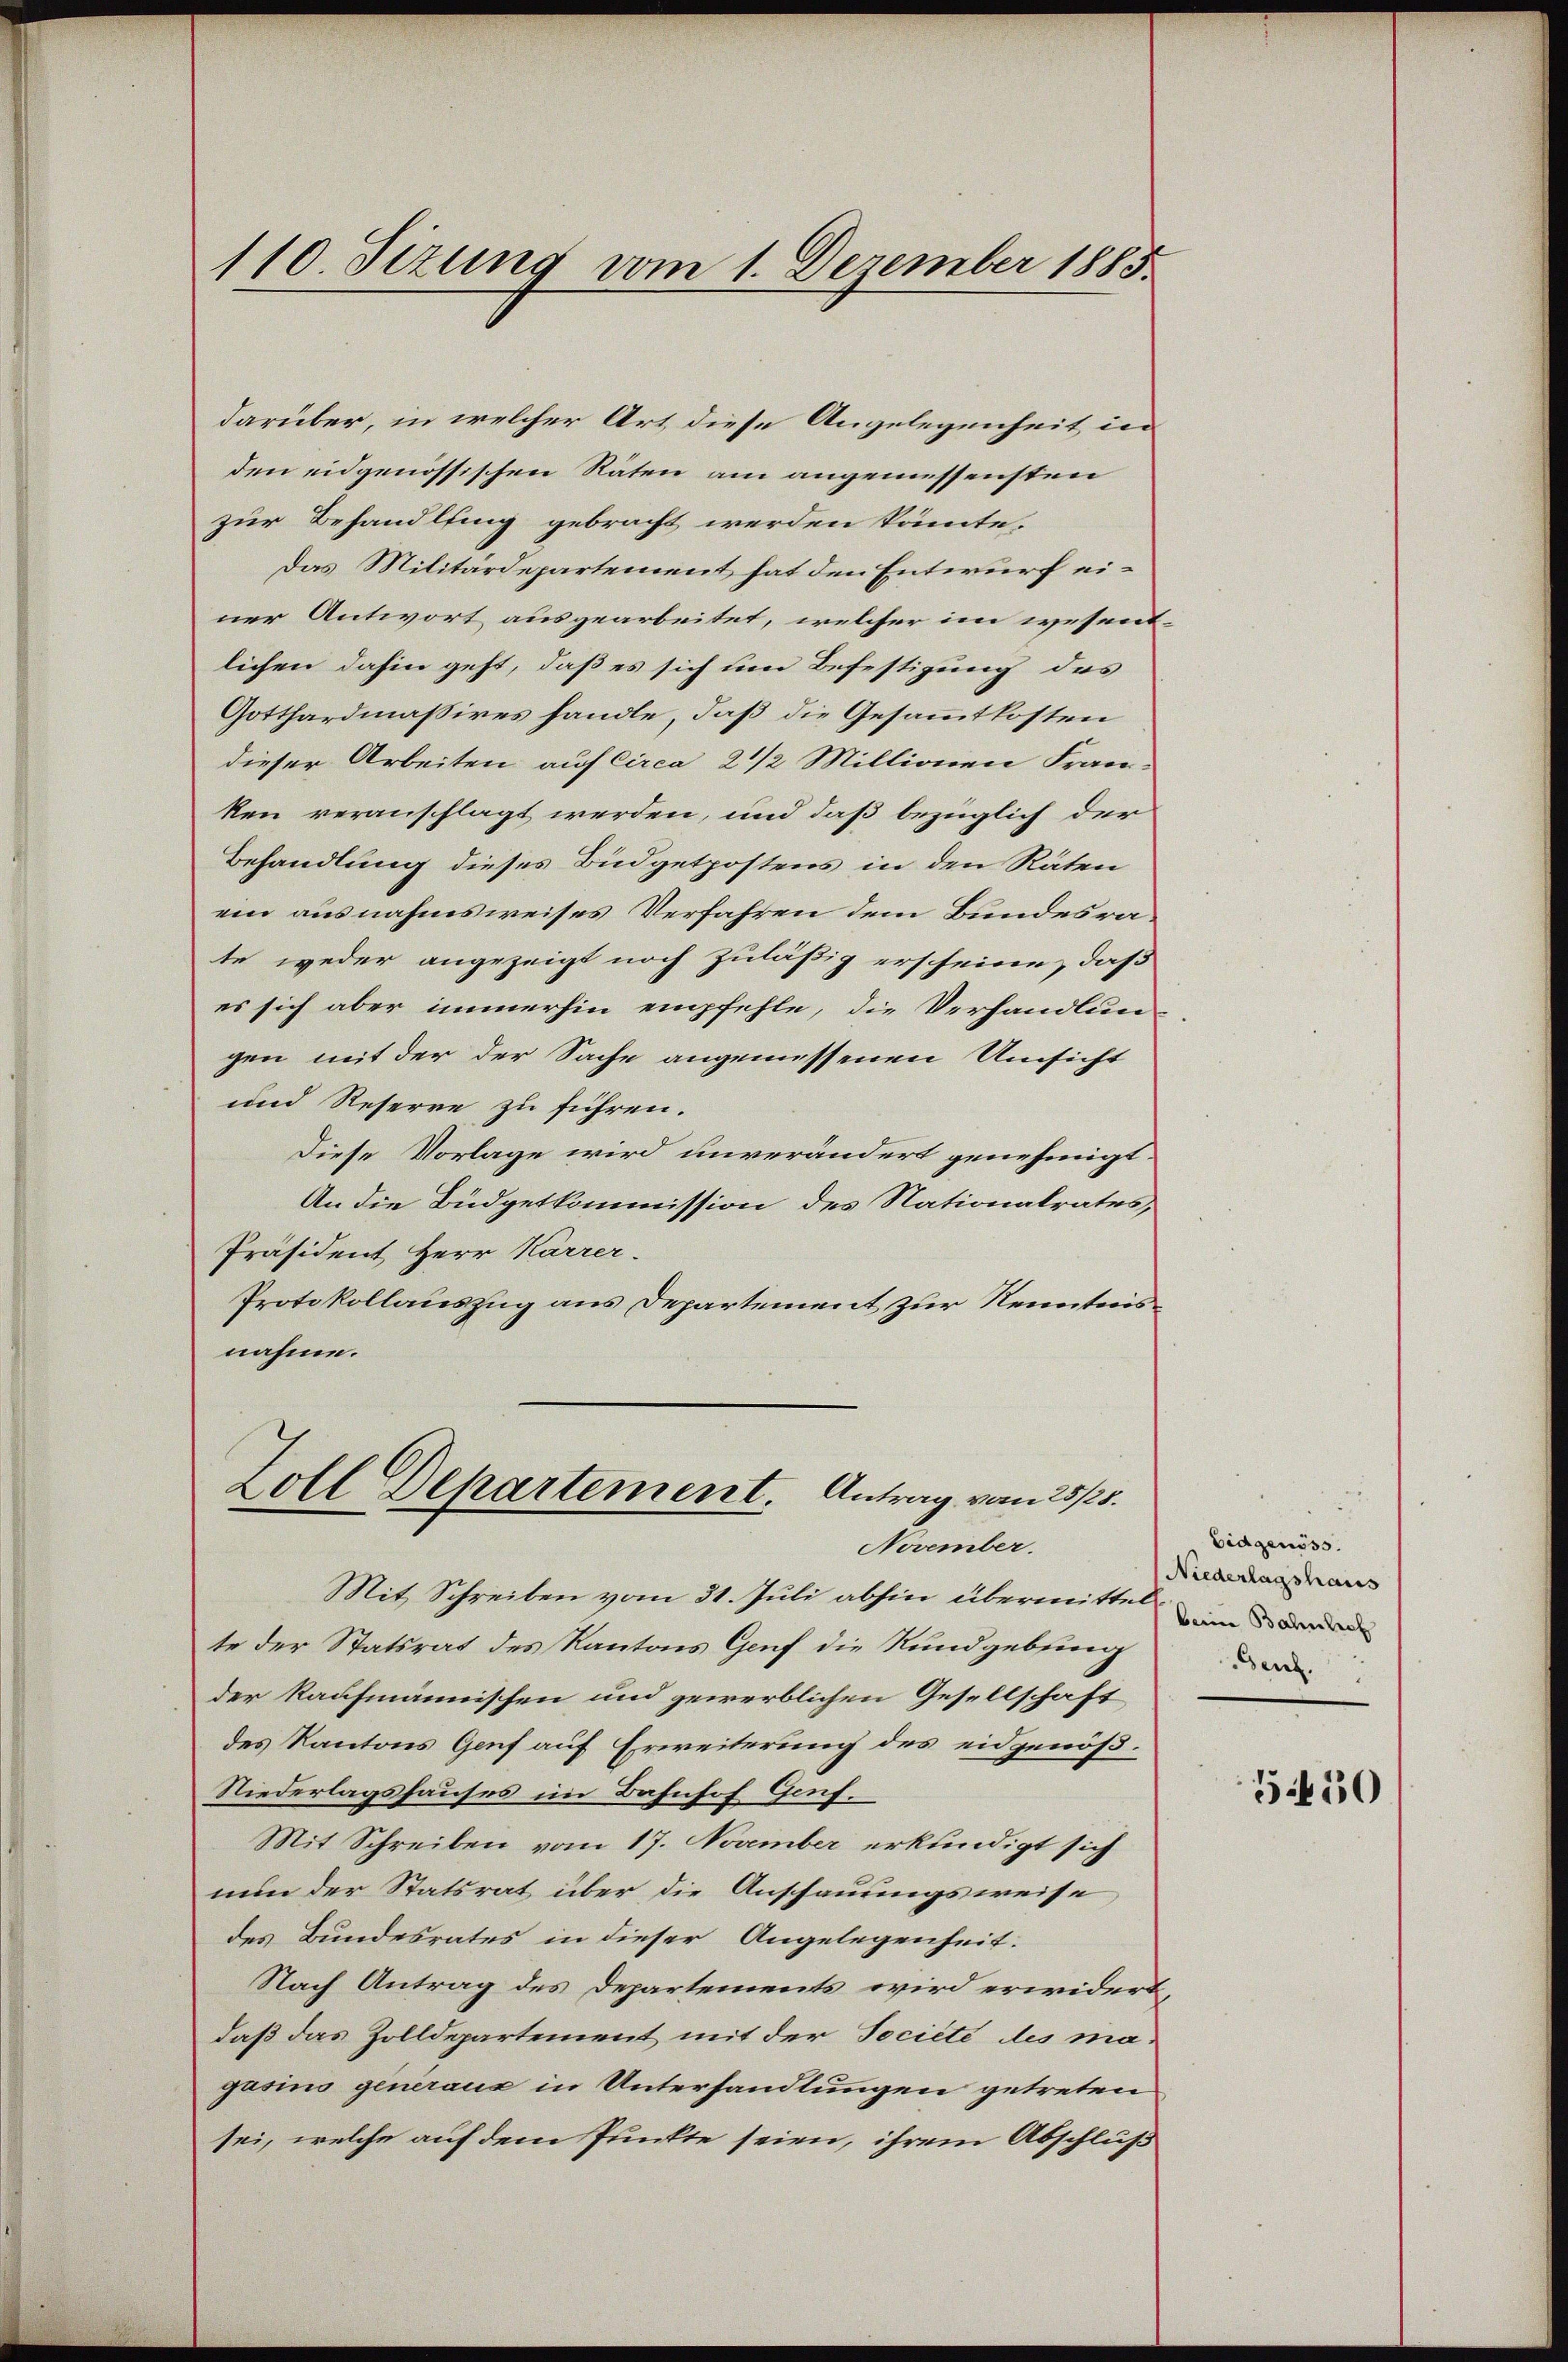
darüber, in welcher Art diese Angelegenheit in
den eidgenössischen Räten am angemessensten
zur Behandlung gebracht werden könnte.
Das Militärdepartement hat den Entwurf einer Antwort ausgearbeitet, welcher im wesentlichen dahin geht, daß es sich um Befestigung des
Gotthardmaßires handle, daß die Gesammtkosten
dieser Arbeiten auf circa 2 1/2 Millionen Fran-
ken veranschlagt werden, und daß bezüglich der
Behandlung dieses Büdgetpostens in den Räten
ein ausnahmsweises Verfahren dem Bundesrate weder angezeigt noch zuläßig erscheine, daß
es sich aber immerhin empfehle, die Verhandlun-
gen mit der der Sache angemessenen Umsicht
und Reserre zu führen.
Diese Vorlage wird unverändert genehmigt.
An die Büdgetkommission des Nationalrates,
Präsident Herr Karrer.
Protokollauszug aus Departement zur Kenntnisnahme.

110. Sizung vom 1. Dezember 1885.

Soll Departement. Antrag vom 25/25.
November.

Mit Schreiben vom 31. Juli abhin übermittel in de
te der Statsrat des Kantons Genf die Rundgebung
der kaufmännischen und gewerblichen Gesellschaft
des Kantons Genf auf Erweiterung des eidgenöß¬
Niederlagshauses im Bahnhof Genf.
Mit Schreiben vom 17. November erkundigt sich
nun der Statsrat über die Anschauungsweise
des Bundesrates in dieser Angelegenheit.
Nach Antrag des Departements wird erwidert,
daß das Zolldepartement mit der Société des ma-
gasius generaus in Unterhandlungen getreten
sei, welche auf dem Punkte seien, ihrem Abschluß

Eidgenöss.
Niederlagshaus
Genf.

550